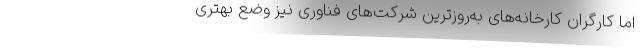
اما کارگران کارخانه‌های به‌روزترین شرکت‌های فناوری نیز وضع بهتری